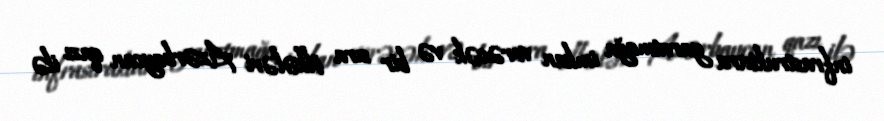
infrastrukturu yaratmağa imkan verəcək və bir sıra ölkələri Azərbaycan qazı ilə